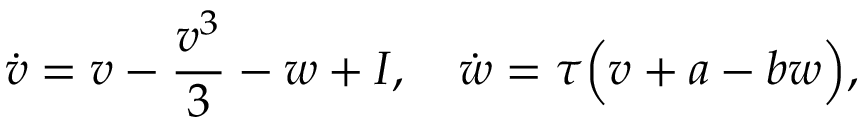
\dot { v } = v - \frac { v ^ { 3 } } { 3 } - w + I , \quad \dot { w } = \tau \Big ( v + a - b w \Big ) ,